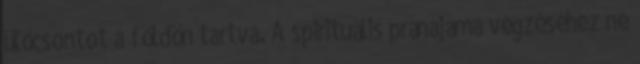
ülőcsontot a földön tartva. A spirituális pránájáma végzéséhez ne